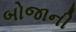
બોજાની